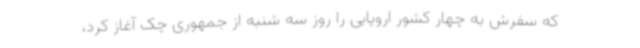
که سفرش به چهار کشور اروپایی را روز سه شنبه از جمهوری چک آغاز کرد،